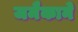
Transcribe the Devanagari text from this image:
जमैकाने